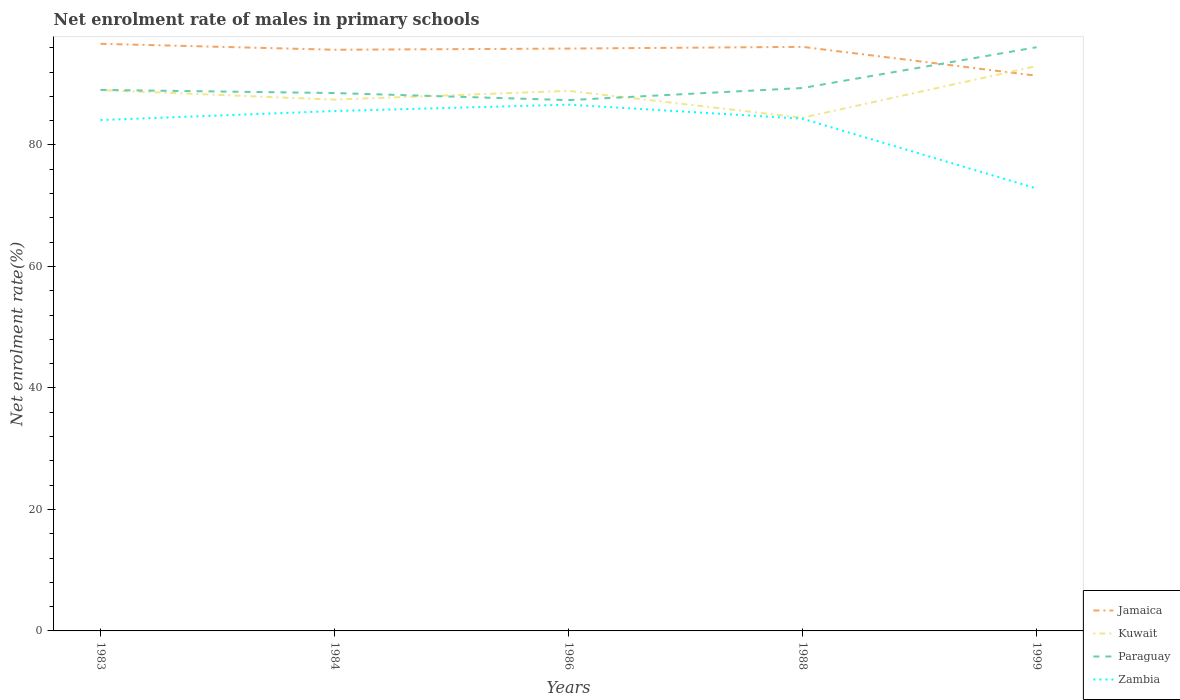
| Years | Jamaica | Kuwait | Paraguay | Zambia |
 | --- | --- | --- | --- | --- |
 | 1983 | 96.6 | 89 | 89.1 | 84.1 |
 | 1984 | 95.7 | 87.5 | 88.5 | 85.6 |
 | 1986 | 95.9 | 88.9 | 87.4 | 86.6 |
 | 1988 | 96.1 | 84.5 | 89.4 | 84.3 |
 | 1999 | 91.4 | 93 | 96.1 | 72.8 |